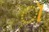
ૉ